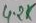
Text: 4.2K